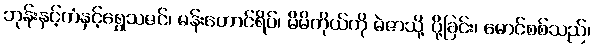
ဘုန်းနှင့်ကံနှင့်ရွှေသဇင်၊ မန်းတောင်ရိပ်၊ မိမိကိုယ်ကို မဲဇာသို့ ပို့ခြင်း၊ မောင်စစ်သည်၊